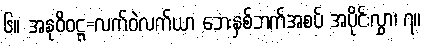
၆။ အနုဝိဝဋ္ဋ=လက်ဝဲလက်ယာ ဘေးနှစ်ဘက်အစပ် အပိုင်းလွှာ၊ ၇။